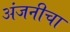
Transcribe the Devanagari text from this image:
अंजनीचा